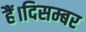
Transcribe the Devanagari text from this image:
हैं।दिसम्बर